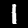
Label: 1